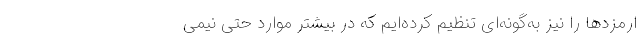
ارمزدها را نیز به‌گونه‌ای تنظیم کرده‌ایم که در بیشتر موارد حتی نیمی